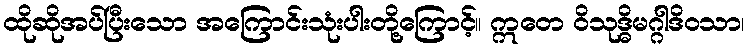
ထိုဆိုအပ်ပြီးသော အကြောင်းသုံးပါးတို့ကြောင့်။ ဣတေ ဝိသုဒ္ဓိမဂ္ဂါဒိဝသာ၊